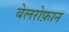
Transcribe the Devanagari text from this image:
बेलरोफ़ान